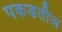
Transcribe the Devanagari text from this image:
पकडतील